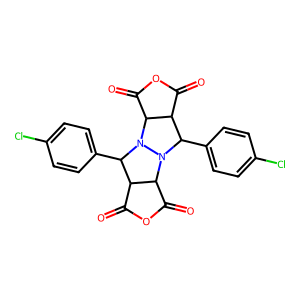
SMILES: O=C1OC(=O)C2C1C(c1ccc(Cl)cc1)N1C3C(=O)OC(=O)C3C(c3ccc(Cl)cc3)N21
Inhibits HIV replication: No